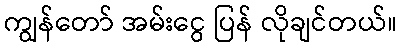
ကျွန်တော် အမ်းငွေ ပြန် လိုချင်တယ်။